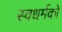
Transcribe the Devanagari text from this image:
स्‍वधर्मको